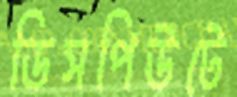
ডিসপিউটে